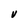
Character: V